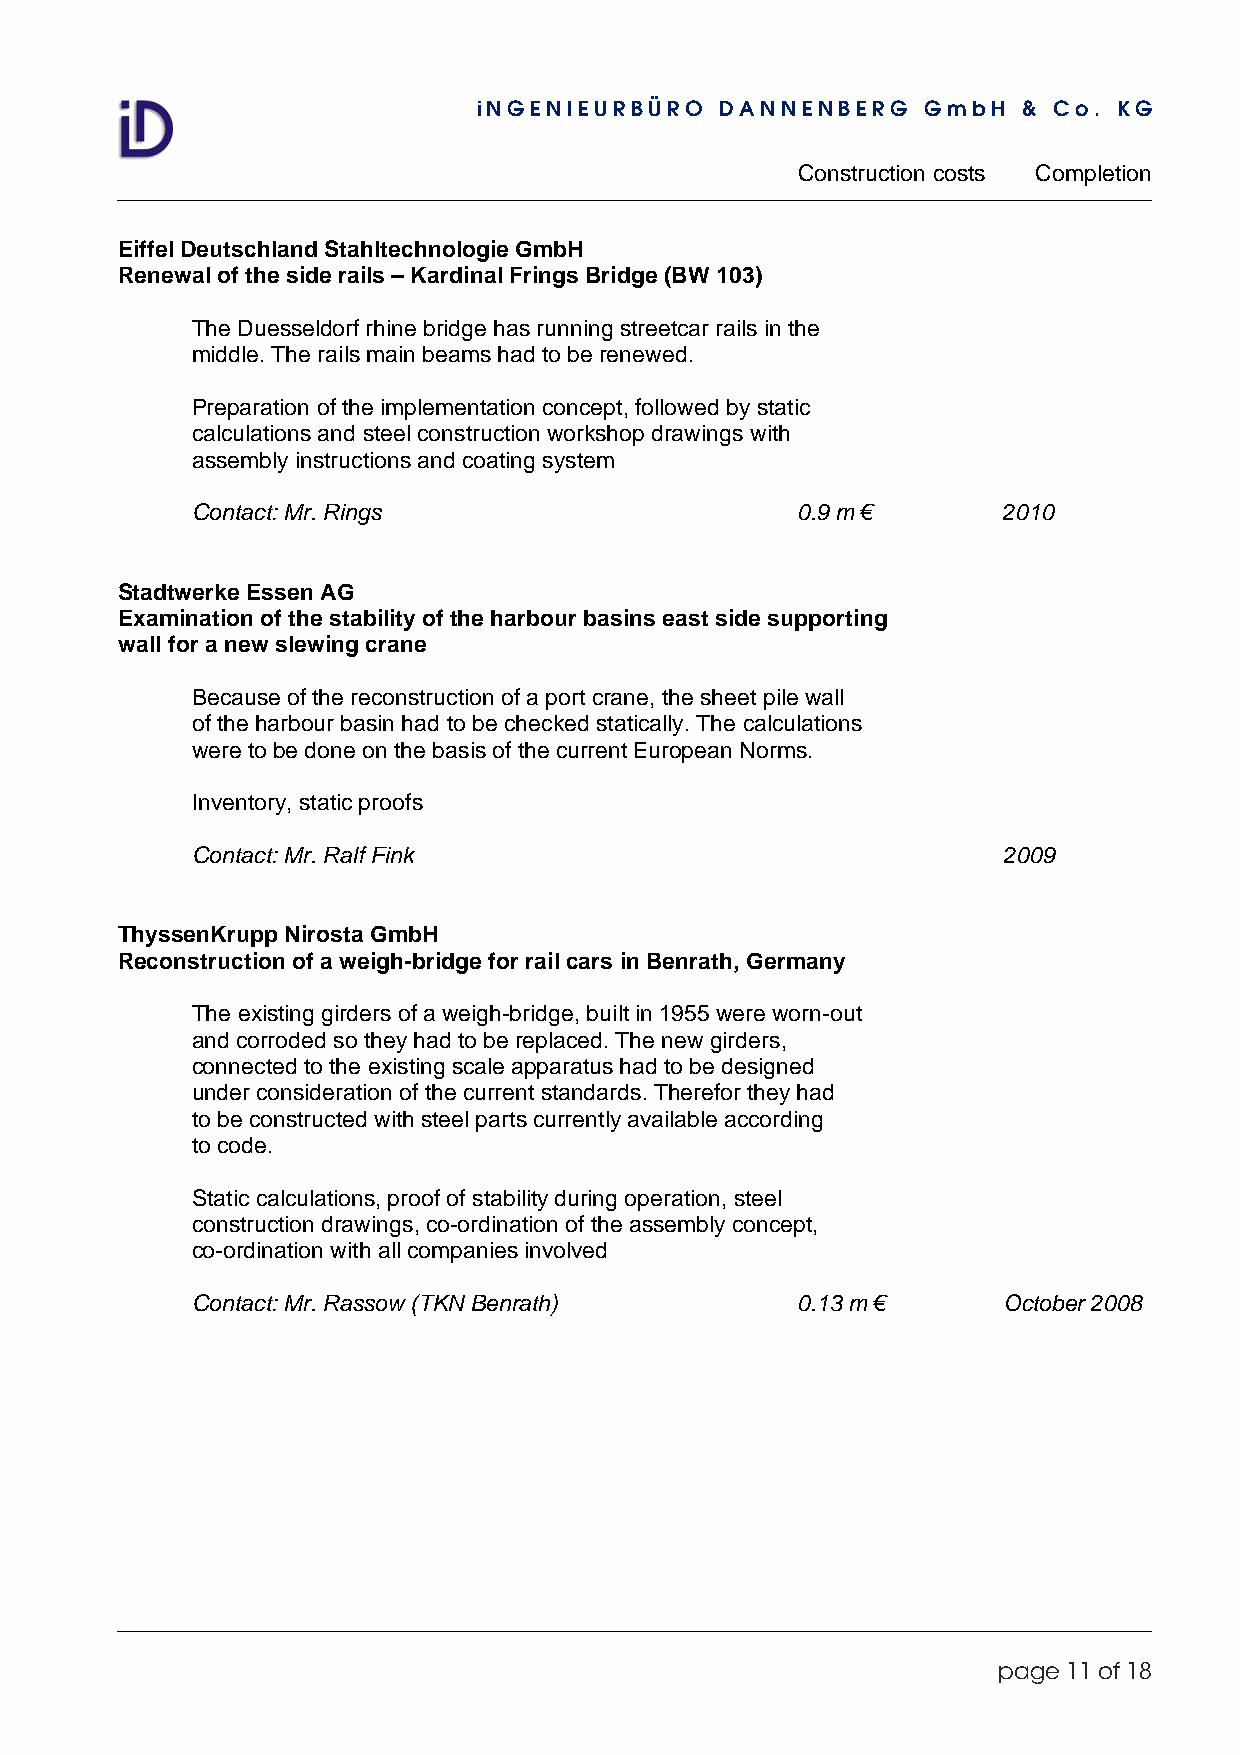
iNGENIEURBÜRO   DANNENBERG   GmbH   & Co. KG
 Construction costs Completion
 Eiffel Deutschland Stahltechnologie GmbH
 Renewal of the side rails – Kardinal Frings Bridge (BW 103)
 The Duesseldorf rhine bridge has running streetcar rails in the
 middle. The rails main beams had to be renewed.
 Preparation of the implementation concept, followed by static
 calculations and steel construction workshop drawings with
 assembly instructions and coating system
 Contact: Mr. Rings                      0.9 m €      2010
 Stadtwerke Essen AG
 Examination of the stability of the harbour basins east side supporting
 wall for a new slewing crane
 Because of the reconstruction of a port crane, the sheet pile wall
 of the harbour basin had to be checked statically. The calculations
 were to be done on the basis of the current European Norms.
 Inventory, static proofs
 Contact: Mr. Ralf Fink                               2009
 ThyssenKrupp Nirosta GmbH
 Reconstruction of a weigh-bridge for rail cars in Benrath, Germany
 The existing girders of a weigh-bridge, built in 1955 were worn-out
 and corroded so they had to be replaced. The new girders,
 connected to the existing scale apparatus had to be designed
 under consideration of the current standards. Therefor they had
 to be constructed with steel parts currently available according
 to code.
 Static calculations, proof of stability during operation, steel
 construction drawings, co-ordination of the assembly concept,
 co-ordination with all companies involved
 Contact: Mr. Rassow (TKN Benrath)       0.13 m €     October 2008
 page 11 of 18